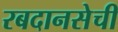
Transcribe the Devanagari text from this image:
रबदानसेची